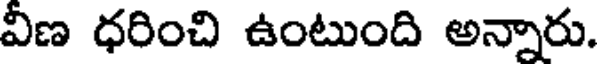
విణ ధరించి ఉంటుంది అన్నారు.